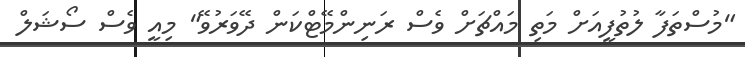
"މުސްތަފާ ލުތުފީއަށް މަތި މައްޗަށް ވެސް ރަނިންމޭޓްކަން ދޭވަރުވޭ" މިއީ ވެސް ސޯޝަލް